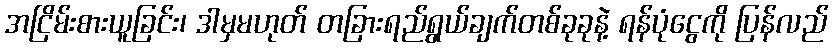
အငြိမ်းစားယူခြင်း၊ ဒါမှမဟုတ် တခြားရည်ရွယ်ချက်တစ်ခုခုနဲ့ ရန်ပုံငွေကို ပြန်လည်